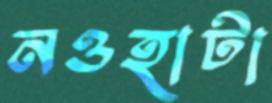
নওহাটা